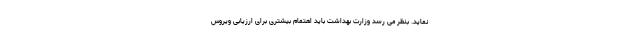
نماید. بنظر می رسد وزارت بهداشت باید اهتمام بیشتری برای ارزیابی ویروس